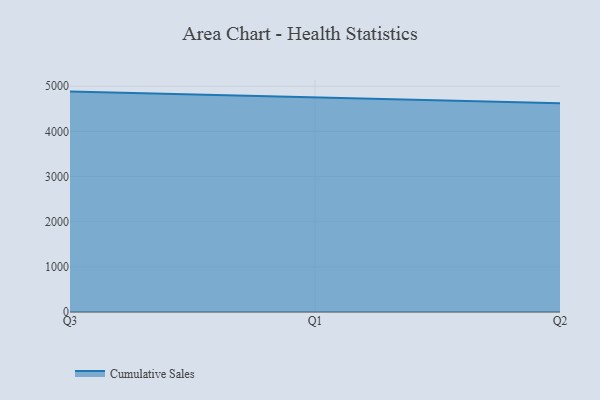
{"axis": {"x": "Quarter", "y": "Energy Usage (MWh)"}, "legend": ["Cumulative Sales"], "data": [{"x": "Q3", "y": 4880.9, "type": "Cumulative Sales"}, {"x": "Q1", "y": 4753.2, "type": "Cumulative Sales"}, {"x": "Q2", "y": 4623.9, "type": "Cumulative Sales"}]}